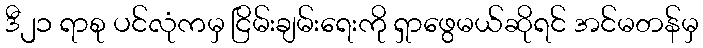
ဒီ၂၁ ရာစု ပင်လုံကမှ ငြိမ်းချမ်းရေးကို ရှာဖွေမယ်ဆိုရင် အင်မတန်မှ